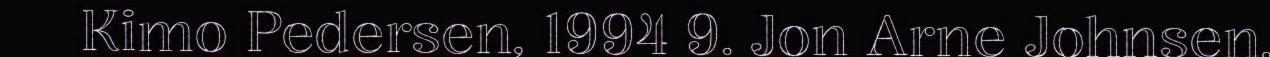
Kimo Pedersen, 1994 9. Jon Arne Johnsen,